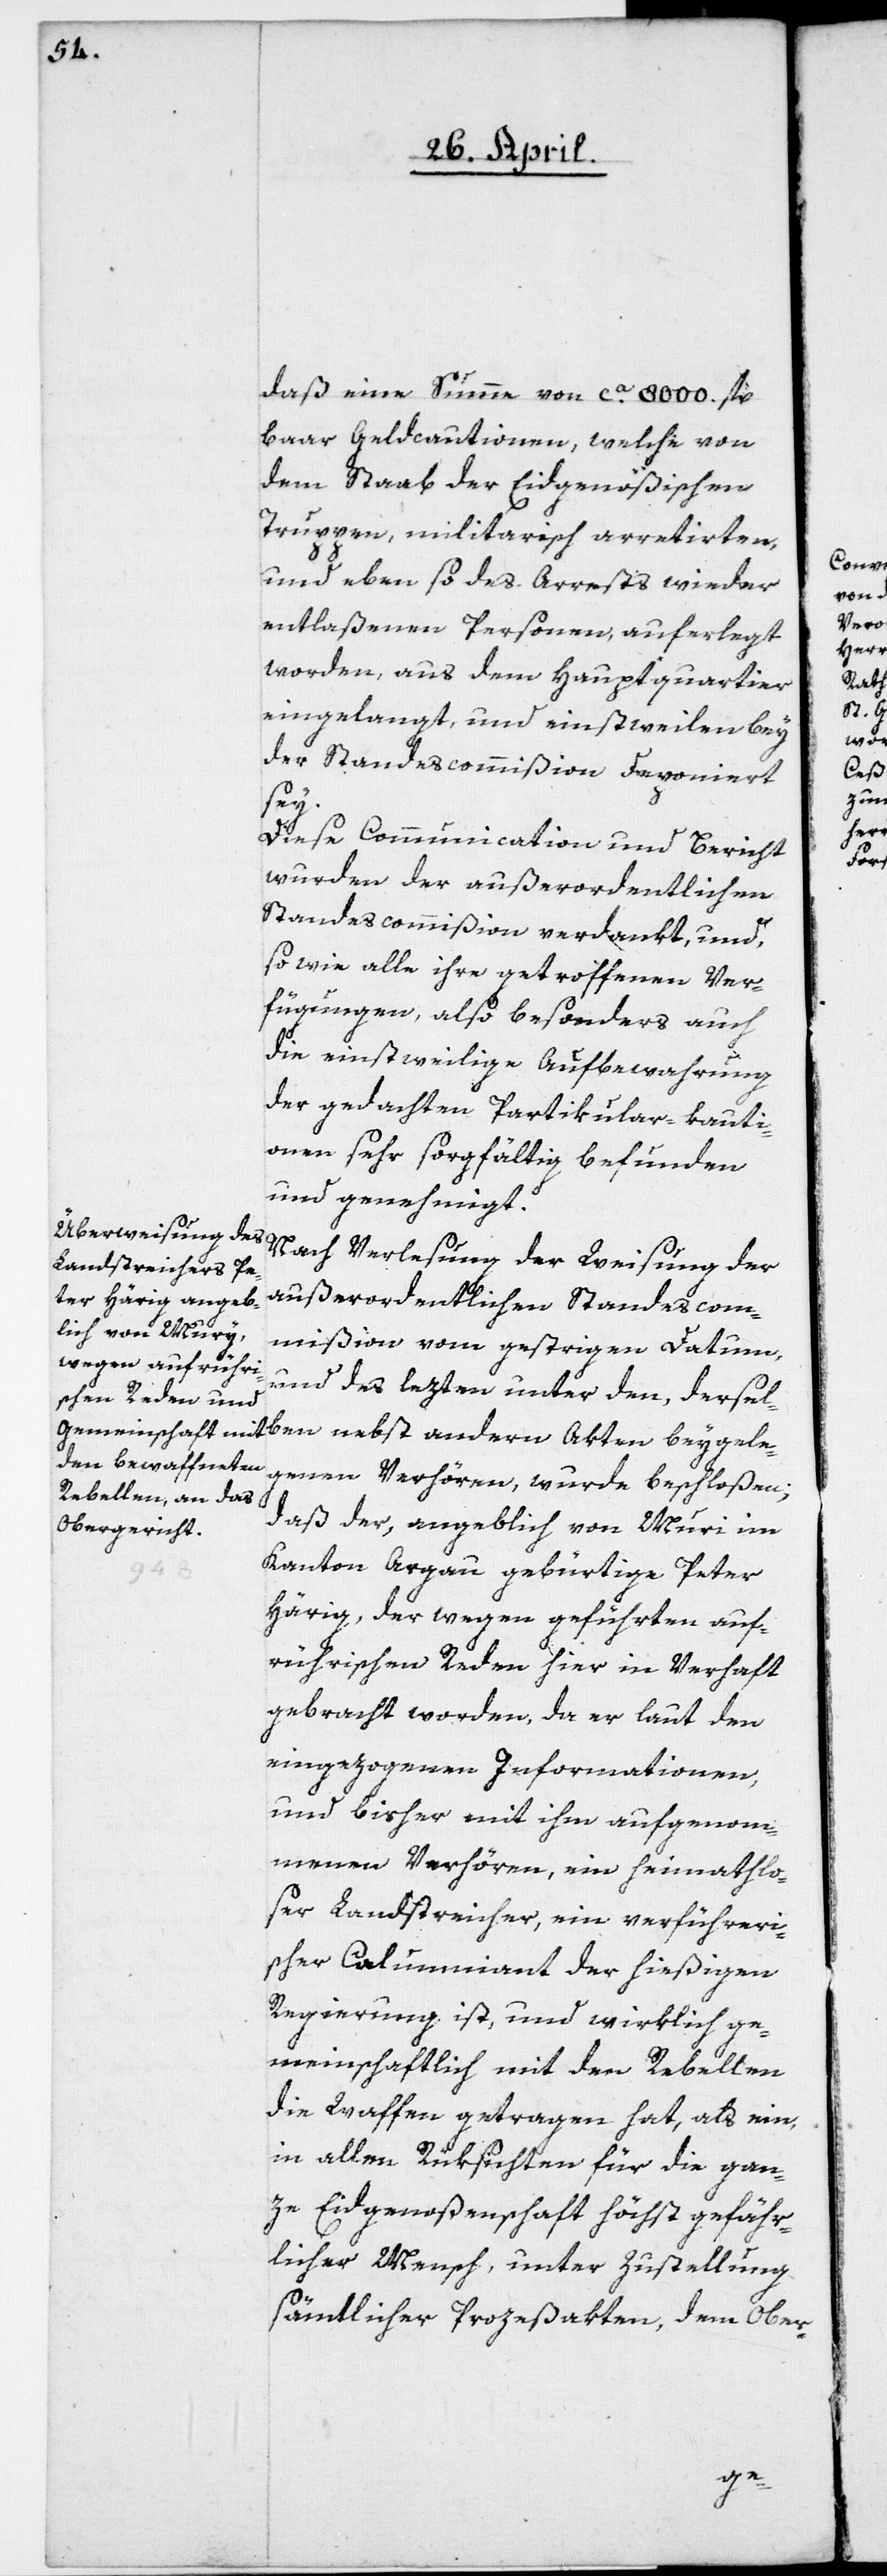
daß eine Summe von ca. 8000. fl.
bar Geldcautionen, welche von
dem Staab der Eidgenößischen
Truppen, militairisch arretirten,
und eben so des Arrests wieder
entlaßenen Personen auferlegt
worden, aus dem Hauptquartier
eingelangt, und einstweilen bey
der Standescommißion deponiert
bey¬
Diese Communication und Bericht
wurden der außerordentlichen
Standescommißion verdankt, und,
so wie alle ihre getroffenen Ver¬
fügungen, also besonders auch
die einstweilige Aufbewahrung
der gedachten Partikular-Kauti¬
onen sehr sorgfältig befunden
und genehmigt.
Nach Verlesung der Weisung der
außerordentlichen Standescom¬
mißion vom gestrigen Datum,
und des lezten unter den, derselben
genen Verhören, wurde beschloßen,
daß der, angeblich von Muri im
Kanton Argau gebürtige Peter
gele¬
Härig, der wegen geführten auf¬
rührischen Reden hier in Verhaft
gebracht worden, da er laut den
eingezogenen Informationen,
und bisher mit ihm aufgenom¬
menen Verhören, ein heimathlo¬
ser Landstreicher, ein verführeri¬
scher Calumniant der hießigen
Regierung ist, und wirklich ge¬
meinschaftlich mit den Rebellen
die Waffen getragen hat, als ein
in allen Rüksichten für die gan¬
ze Eidgenoßenschaft höchst gefähr¬
licher Mensch, unter Zustellung
sämtlicher Prozeßakten, dem Ober-